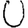
Digit: 0